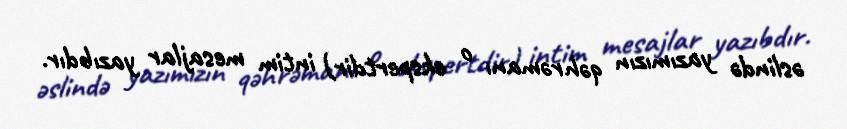
əslində yazımızın qəhrəmanı o ekspertdir) intim mesajlar yazıbdır.